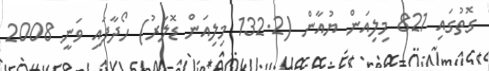
ގޮތުގައި 821 މިލިއަން ޔުއާން (132.2 މިލިއަން ޑޮލަރު) ހޯދާފައި ވަނީ 2008